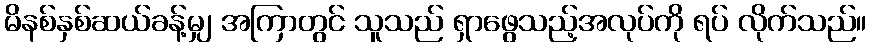
မိနစ်နှစ်ဆယ်ခန့်မျှ အကြာတွင် သူသည် ရှာဖွေသည့်အလုပ်ကို ရပ် လိုက်သည်။